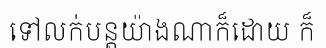
ទៅលក់បន្តយ៉ាងណាក៏ដោយ ក៏